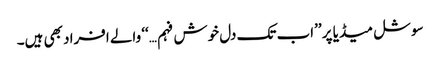
سوشل میڈیا پر ’’اب تک دل خوش فہم…‘‘ والے افراد بھی ہیں۔